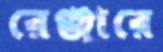
রেঞ্জারে